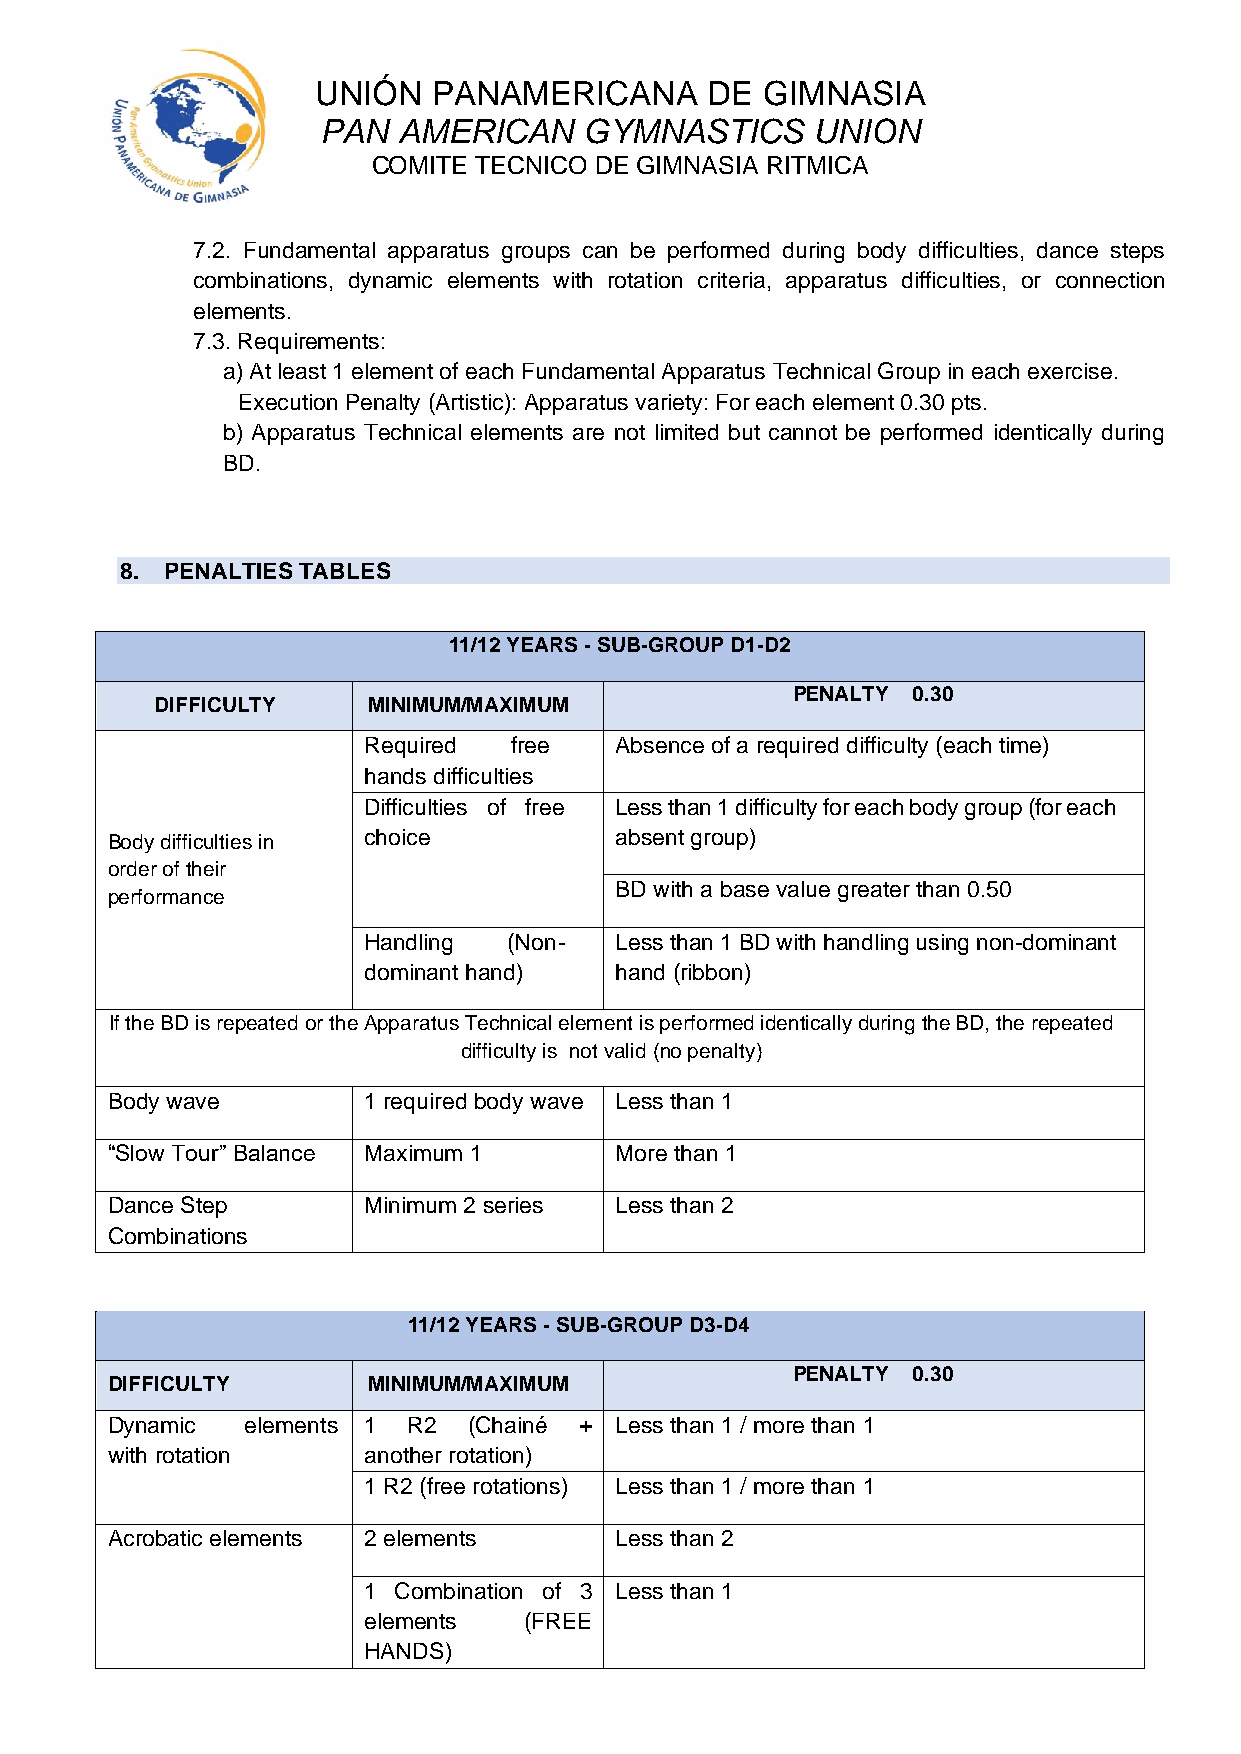
UNIÓN   PANAMERICANA      DE GIMNASIA
 PAN  AMERICAN     GYMNASTICS     UNION
 COMITE TECNICO DE GIMNASIA RITMICA
 7.2. Fundamental apparatus groups can be performed during body difficulties, dance steps
 combinations, dynamic elements with rotation criteria, apparatus difficulties, or connection
 elements.
 7.3. Requirements:
 a) At least 1 element of each Fundamental Apparatus Technical Group in each exercise.
 Execution Penalty (Artistic): Apparatus variety: For each element 0.30 pts.
 b) Apparatus Technical elements are not limited but cannot be performed identically during
 BD.
 8. PENALTIES TABLES
 11/12 YEARS - SUB-GROUP D1-D2
 PENALTY 0.30
 DIFFICULTY    MINIMUM/MAXIMUM
 Required  free   Absence of a required difficulty (each time)
 hands difficulties
 Difficulties of free Less than 1 difficulty for each body group (for each
 Body difficulties in choice       absent group)
 order of their
 performance
 BD with a base value greater than 0.50
 Handling  (Non-  Less than 1 BD with handling using non-dominant
 dominant hand)   hand (ribbon)
 If the BD is repeated or the Apparatus Technical element is performed identically during the BD, the repeated
 difficulty is not valid (no penalty)
 Body wave        1 required body wave Less than 1
 “Slow Tour” Balance Maximum 1     More than 1
 Dance Step       Minimum 2 series Less than 2
 Combinations
 11/12 YEARS - SUB-GROUP D3-D4
 PENALTY 0.30
 DIFFICULTY       MINIMUM/MAXIMUM
 Dynamic  elements 1 R2  (Chainé + Less than 1 / more than 1
 with rotation    another rotation)
 1 R2 (free rotations) Less than 1 / more than 1
 Acrobatic elements 2 elements     Less than 2
 1 Combination of 3 Less than 1
 elements   (FREE
 HANDS)